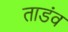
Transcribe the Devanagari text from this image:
ताडंव